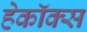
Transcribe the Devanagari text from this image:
हेकॉक्स